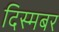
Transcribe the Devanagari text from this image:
दिस्मबर